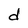
Character: d